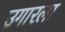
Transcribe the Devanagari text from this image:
उगारला